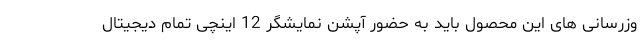
وزرسانی های این محصول باید به حضور آپشن نمایشگر 12 اینچی تمام دیجیتال